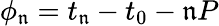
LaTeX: \phi_{\mathfrak{n}}=t_{\mathfrak{n}}-t_{0}-\mathfrak{n}P